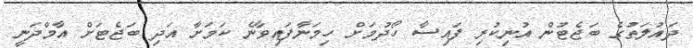
ދައުލަތުގެ ބަޖެޓުން އުނިކުރި ފައިސާ ހޯދުމަށް ހިމަނާފައިވާނެ ކަމަށާ އަދި ބަޖެޓަށް އާމްދަނީ